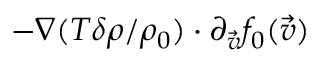
- \nabla ( T \delta \rho / \rho _ { 0 } ) \cdot \partial _ { \vec { v } } f _ { 0 } ( \vec { v } )